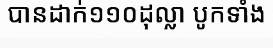
បានដាក់១១០ដុល្លា បូកទាំង